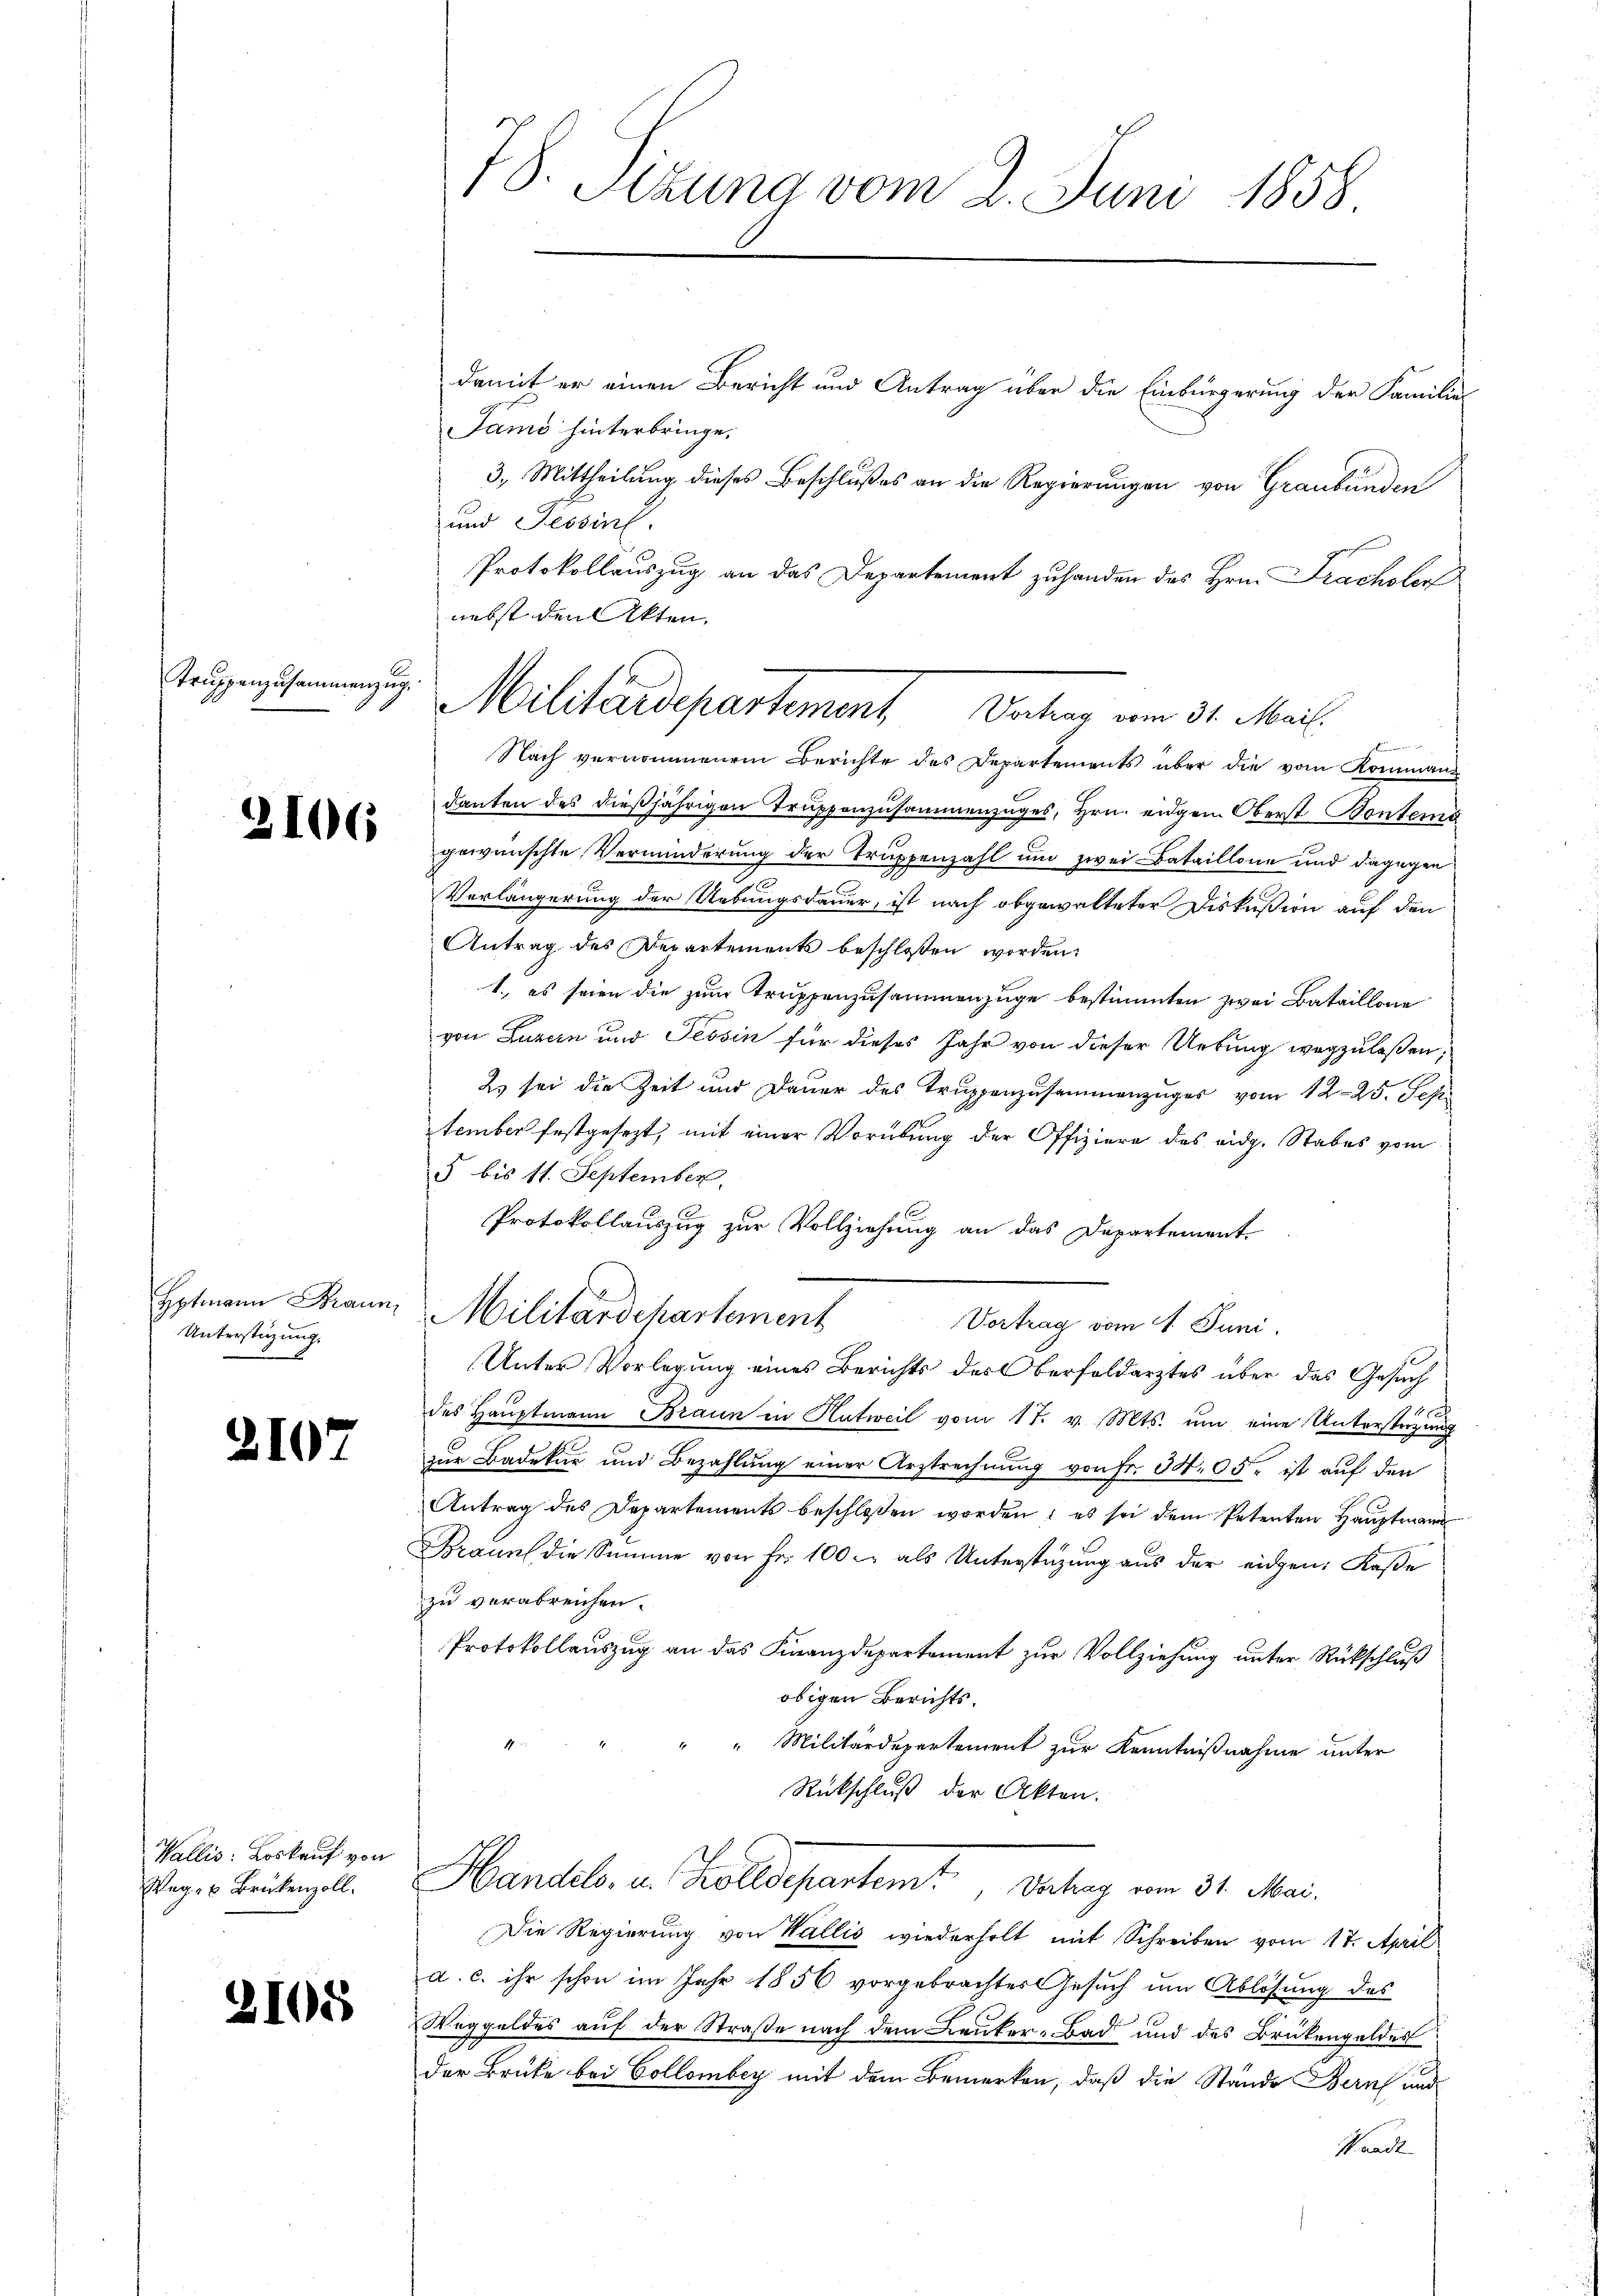
Truppenzusammenzug

3106

Hptmann Braun,
Unterstüzung.

2107

Wallis: Loskauf von
Weg- u Brükenzoll.

2105

78. Sezung vom 2. Juni 1858

damit er einen Bericht und Antrag über die Einbürgerung der Familier
Jamo hinterbringe.
3. Mittheilung dieses Beschlußes an die Regierungen von Graubünden
und Tessin.
Protokollauszug an das Departement zuhanden des Hrn. Pracholen
nebst den Akten.

Nach vernommenem Berichte des Departements über die vom Komman
danten des dießjährigen Truppenzusammenzuges, Hrn. eidgen Oberst Bontema
gewünschte Verminderung der Truppenzahl und zwei Bataillone und dagegen
Verlängerung der Uebungsdauer, ist nach abgewalteter Diskussion auf den
Antrag des Departements beschlossen worden.
1., es seien die zum Truppenzusammenzüge bestimmten zwei Bataillone
von Luzern und Tessin für dieses Jahr von dieser Urkung wegzulassen,
2) sei die Zeit und Dauer des Truppenzusammenzuges vom 12. 25. Sep
tember festgesezt, mit einer Verübung der Offiziere des eidg. Stabes vom
5 bis 11. September
Protokollauszug zur Vollziehung an das Departement
Militärdepartement
Vortrag vom 4. Juni.
Unter Vorlegung eines Berichts des Oberfoldarztes über das Gesuch
10x
des Hauptmann Braun in Hutweil vom 17. v. Mts. um eine Untersterzeug
zur Badekar und Bezahlung einer Arztrechnung von Fr. 34. 05 ist auf den
Antrag des Departements beschlossen worden; es sei dem Petenten Haŭptmann
Braun die Summe von Fr. 100 r. als Unterstüzung aus der eidgen. Kase
zu verabreichen.
Protokollauszug an das Finanzdepartement zur Vollziehung unter Rückschluß
obigen Berichts.
" " Militärdepartement zur Kenntnißnahme unter
Rückschluß der Akten.
t
Handels- u. Zolldepartem Vertrag vom 31. Mai.
Die Regierung von Wallis wiederholt mit Schreiben vom 17. April
a. c. ihr schon im Jahr 1856 vorgebrachter Gesuch um Ablösung des
Weggeldes auf der Straße nach dem Leuker-Bad und des Brükengeldes
Der Brücke bei Collombey mit dem Bemerken, daß die Stände Bern und
Haack

Militärdepartement Vertrag um 31. Mail